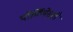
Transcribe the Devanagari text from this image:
पौर्णिमेसही